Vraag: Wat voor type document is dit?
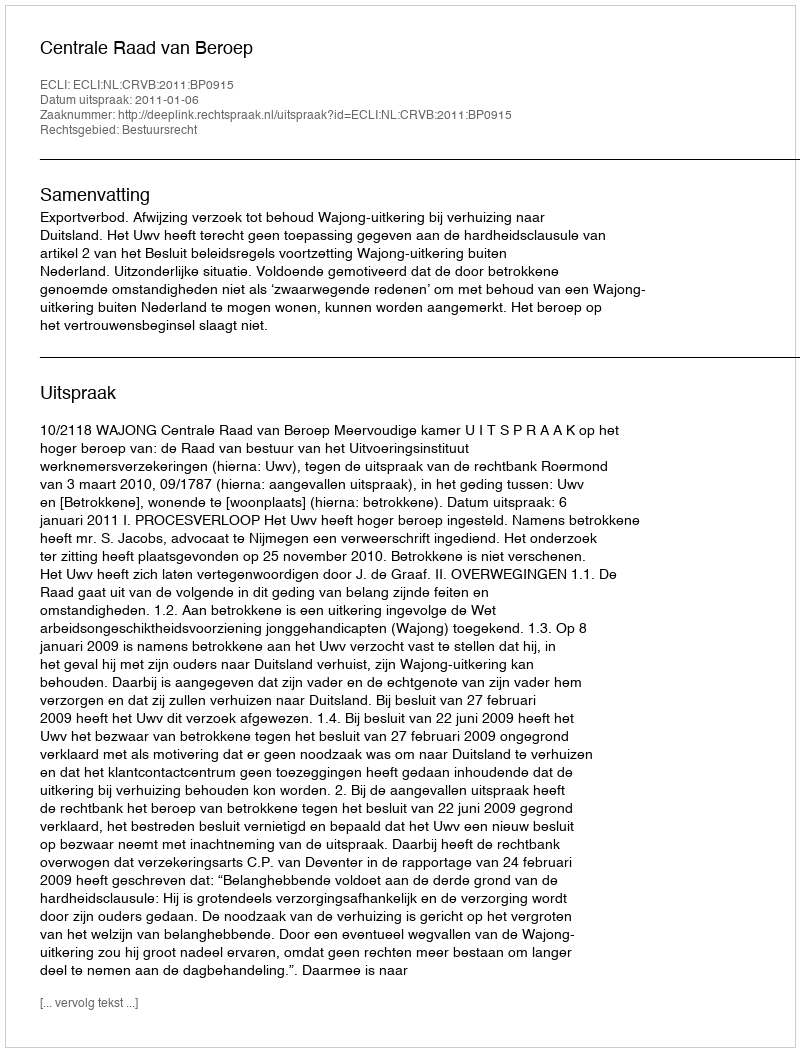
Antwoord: Uitspraak